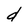
Character: d